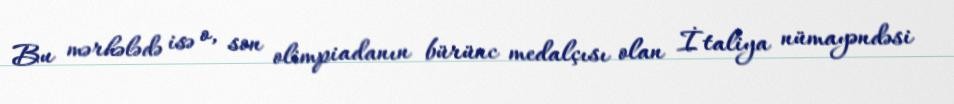
Bu mərhələdə isə o, son olimpiadanın bürünc medalçısı olan İtaliya nümayəndəsi